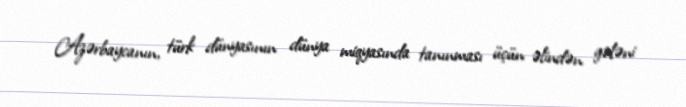
Azərbaycanın, türk dünyasının dünya miqyasında tanınması üçün əlindən gələni